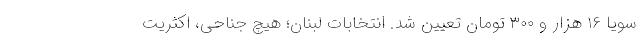
سویا ۱۶ هزار و ۳۰۰ تومان تعیین شد. انتخابات لبنان؛ هیچ جناحی، اکثریت